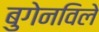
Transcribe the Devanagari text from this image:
बुगेनविले